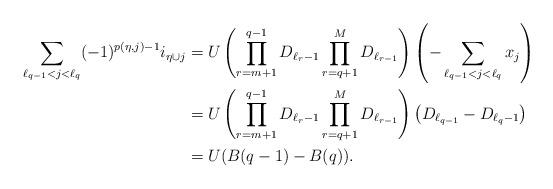
LaTeX: \begin{align*}\sum_{ \ell_{q-1}<j <\ell_q} (-1)^{p(\eta,j)-1} i_{\eta \cup j}&= U\left(\prod_{r=m+1}^{q-1}{D_{\ell_{r}-1}} \prod_{r=q+1}^{M}{D_{\ell_{r-1}}}\right)\left(-\sum_{\ell_{q-1}<j<\ell_q}{x_{j}}\right) \\&= U\left(\prod_{r=m+1}^{q-1}{D_{\ell_{r}-1}} \prod_{r=q+1}^{M}{D_{\ell_{r-1}}}\right)\left(D_{\ell_{q-1}}-D_{\ell_q-1}\right) \\&= U(B(q-1)-B(q)). \end{align*}